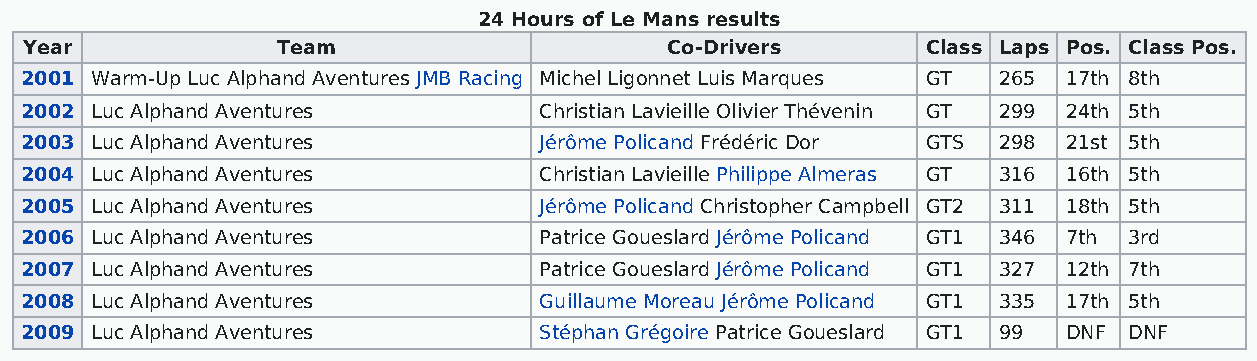
24 Hours of Le Mans results
 Year            Team                      Co-Drivers       Class Laps Pos. Class Pos.
 2001 Warm-Up Luc Alphand Aventures JMB Racing Michel Ligonnet Luis Marques GT 265 17th 8th
 2002 Luc Alphand Aventures         Christian Lavieille Olivier Thévenin GT 299 24th 5th
 2003 Luc Alphand Aventures         Jérôme Policand Frédéric Dor GTS 298 21st 5th
 2004 Luc Alphand Aventures         Christian Lavieille Philippe Almeras GT 316 16th 5th
 2005 Luc Alphand Aventures         Jérôme Policand Christopher Campbell GT2 311 18th 5th
 2006 Luc Alphand Aventures         Patrice Goueslard Jérôme Policand GT1 346 7th 3rd
 2007 Luc Alphand Aventures         Patrice Goueslard Jérôme Policand GT1 327 12th 7th
 2008 Luc Alphand Aventures         Guillaume Moreau Jérôme Policand GT1 335 17th 5th
 2009 Luc Alphand Aventures         Stéphan Grégoire Patrice Goueslard GT1 99 DNF DNF